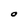
Character: O